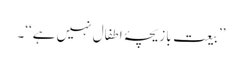
’’بیعت بازیچۂ اطفال نہیں ہے‘‘۔